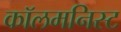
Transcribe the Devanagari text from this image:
कॉलमनिस्ट